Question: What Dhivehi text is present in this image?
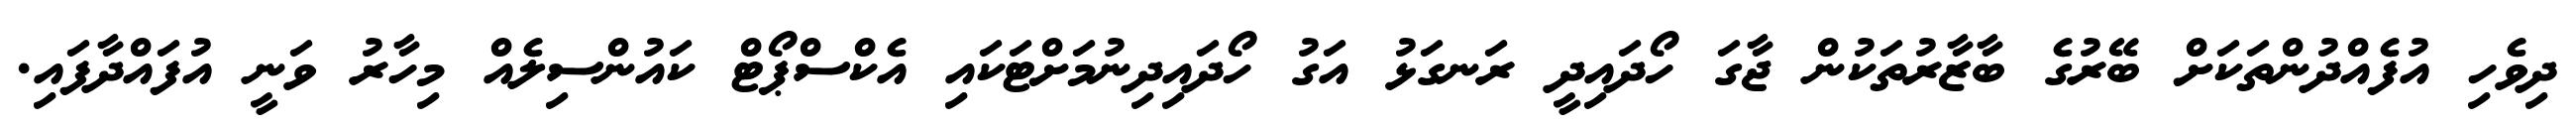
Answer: ދިވެހި އުފެއްދުންތަކަށް ބޭރުގެ ބާޒާރުތަކުން ޖާގަ ހޯދައިދީ ރަނގަޅު އަގު ހޯދައިދިނުމަށްޓަކައި އެކްސްޕޯޓް ކައުންސިލެއް މިހާރު ވަނީ އުފައްދާފައި.